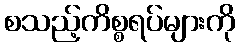
စသည့်ကိစ္စရပ်များကို